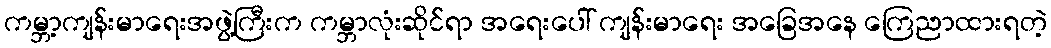
ကမ္ဘာ့ကျန်းမာရေးအဖွဲ့ကြီးက ကမ္ဘာလုံးဆိုင်ရာ အရေးပေါ် ကျန်းမာရေး အခြေအနေ ကြေညာထားရတဲ့